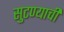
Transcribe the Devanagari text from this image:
सुटण्याची